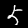
Digit: 5